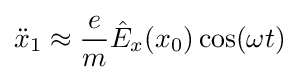
{\ddot {x}}_{1}\approx {\frac {e}{m}}{\hat {E}}_{x}(x_{0})\cos(\omega t)